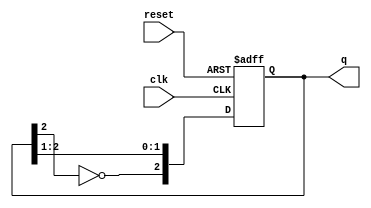
module johnson_counter #(parameter N = 3) (
    input wire clk,           // Clock input
    input wire reset,         // Asynchronous reset
    output reg [N-1:0] q      // Counter output
);

    always @(posedge clk or posedge reset) begin
        if (reset) begin
            q <= {N{1'b0}};   // Reset all flip-flops to 0
        end else begin
            q <= {~q[N-1], q[N-1:N-2]}; // Shift left and feedback inverted last flip-flop
        end
    end

endmodule